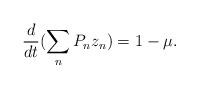
LaTeX: \begin{align*}\frac{d}{dt}(\sum_nP_n z_n) = 1-\mu.\end{align*}